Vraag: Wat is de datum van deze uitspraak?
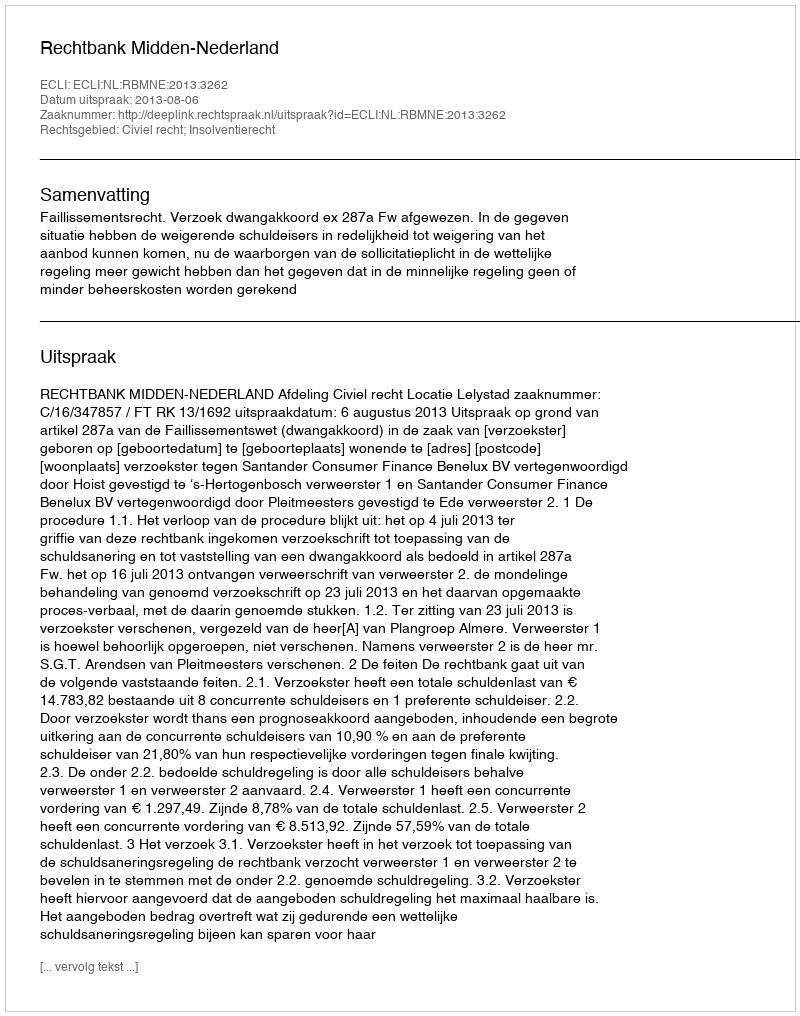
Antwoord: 2013-08-06